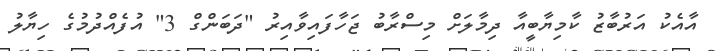
އާއެކު އަރުބާޒު ކާމިޔާބީއާ ދިމާލަށް މިސްރާބު ޖަހާފައިވާއިރު "ދަބަންގް 3" އުފެއްދުމުގެ ހިޔާލު